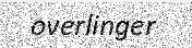
overlinger